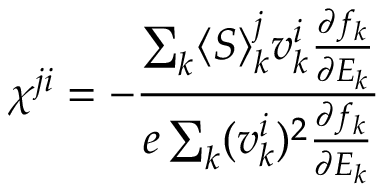
\chi ^ { j i } = - \frac { \sum _ { \boldsymbol { k } } \langle \boldsymbol { S } \rangle _ { \boldsymbol { k } } ^ { j } \boldsymbol { v } _ { \boldsymbol { k } } ^ { i } \frac { \partial f _ { \boldsymbol { k } } } { \partial E _ { \boldsymbol { k } } } } { e \sum _ { \boldsymbol { k } } ( \boldsymbol { v } _ { \boldsymbol { k } } ^ { i } ) ^ { 2 } \frac { \partial f _ { \boldsymbol { k } } } { \partial E _ { \boldsymbol { k } } } }